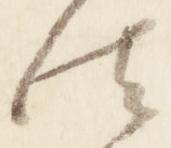
法